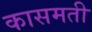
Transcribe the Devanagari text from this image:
कासमती